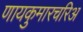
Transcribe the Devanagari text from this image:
णायकुमारचरिअ